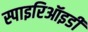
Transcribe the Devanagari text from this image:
स्पाइरिऑइडी